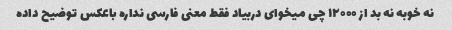
نه خوبه نه بد از ۱۲۰۰۰ چی میخوای دربیاد فقط معنی فارسی نداره باعکس توضیح داده